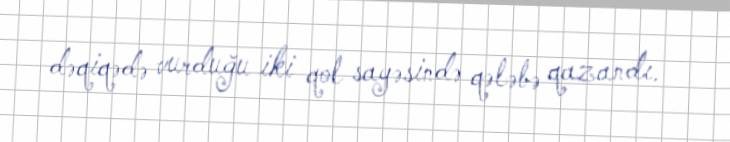
dəqiqədə vurduğu iki qol sayəsində qələbə qazandı.